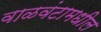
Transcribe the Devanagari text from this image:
वाळवंटामधील